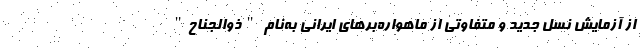
از آزمایش نسل جدید و متفاوتی از ماهواره‌برهای ایرانی به‌نام "ذوالجناح"